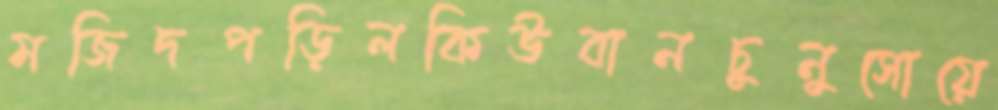
মজিদপড়িলকিউবানচুনুসোয়ে